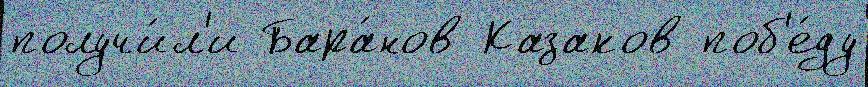
получи́л'и Бара́нов Казаков поб'е́ду